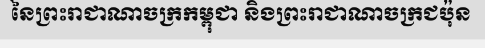
នៃព្រះរាជាណាចក្រកម្ពុជា និងព្រះរាជាណាចក្រជប៉ុន